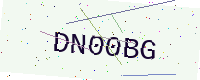
Text: DN00BG